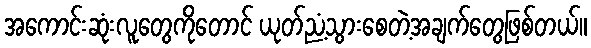
အကောင်းဆုံးလူတွေကိုတောင် ယုတ်ညံ့သွားစေတဲ့အချက်တွေဖြစ်တယ်။